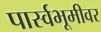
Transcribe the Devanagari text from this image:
पार्स्वभूमीवर